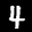
Label: 4